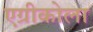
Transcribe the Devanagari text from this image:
एग्रीकोला